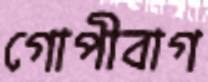
গোপীবাগ